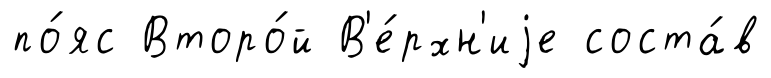
по́яс Второ́й В'е́рхн'иjе соста́в